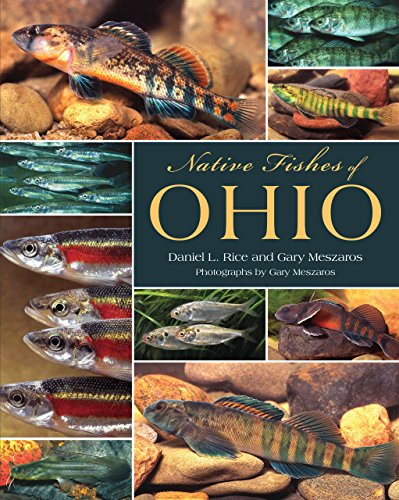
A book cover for Native Fishes of Ohio; Daniel L. Rice; Science & Math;